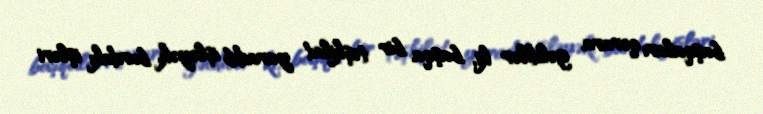
başqaları qərara gəldilər ki, başqa bir təşkilat yaradıb işləyək, burdakı işləri